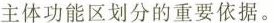
主体功能区划分的重要依据。